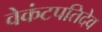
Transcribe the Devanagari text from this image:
वेकंटपतिदेव